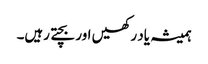
ہمیشہ یاد رکھیں اور بچتے رہیں۔